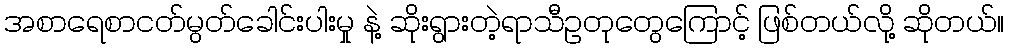
အစာရေစာငတ်မွတ်ခေါင်းပါးမှု နဲ့ ဆိုးရွားတဲ့ရာသီဥတုတွေကြောင့် ဖြစ်တယ်လို့ ဆိုတယ်။